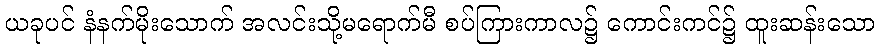
ယခုပင် နံနက်မိုးသောက် အလင်းသို့မရောက်မီ စပ်ကြားကာလ၌ ကောင်းကင်၌ ထူးဆန်းသော